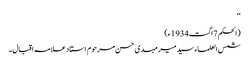
‘‘
(الحکم 7اگست1934ء)
شمس العلماء سید میر مہدی حسن مرحوم استاد علامہ اقبال۔